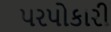
પરપોકારી